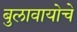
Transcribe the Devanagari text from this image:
बुलावायोचे